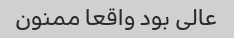
عالی بود واقعا ممنون